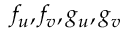
f _ { u } , f _ { v } , g _ { u } , g _ { v }